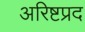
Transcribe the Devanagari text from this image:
अरिष्टप्रद